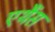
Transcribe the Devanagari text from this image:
एथैंस